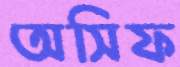
অসিফ